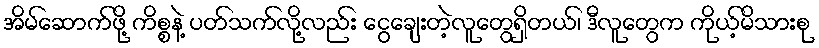
အိမ်ဆောက်ဖို့ ကိစ္စနဲ့ ပတ်သက်လို့လည်း ငွေချေးတဲ့လူတွေရှိတယ်၊ ဒီလူတွေက ကိုယ့်မိသားစု